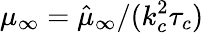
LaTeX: \mu_{\infty}=\hat{\mu}_{\infty}/(k_{c}^{2}\tau_{c})